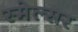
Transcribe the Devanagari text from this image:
स्मेल्सर